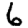
Digit: 6